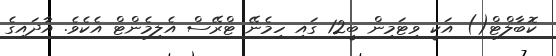
ކޮބާލްޓް() އަކީ ވިޓަމިން ބީ12 ގައި ހިމެނޭ ޓްރޭސް އެލިމެންޓް އެކެވެ. އާދައިގެ